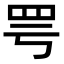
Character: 𫅀